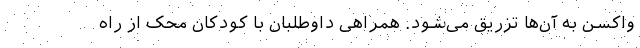
واکسن به آن‌ها تزریق می‌شود. همراهی داوطلبان با کودکان محک از راه